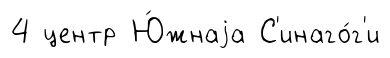
4 центр Ю́жнаjа С'инаго́г'и